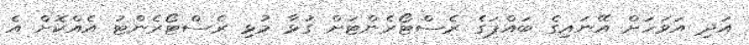
އަދި އަވަހަށް އޭނައިގެ ބައްޕަގެ ރެސްޓޯރެންޓަށް ގުޅާ މުޅި ރެސްޓޯރެންޓު އެއްކޮށް އެ